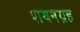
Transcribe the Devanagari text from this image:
शयनग्रह